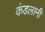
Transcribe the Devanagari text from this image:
कंडलानी